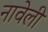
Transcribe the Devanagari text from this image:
नावेली